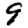
Digit: 9